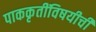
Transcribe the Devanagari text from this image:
पाककृतींविषयीची